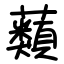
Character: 蘱